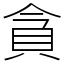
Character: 貪